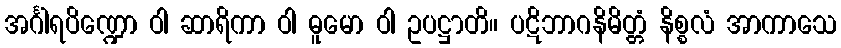
အင်္ဂါရပိဏ္ဍော ဝါ ဆာရိကာ ဝါ ဓူမော ဝါ ဥပဋ္ဌာတိ။ ပဋိဘာဂနိမိတ္တံ နိစ္စလံ အာကာသေ